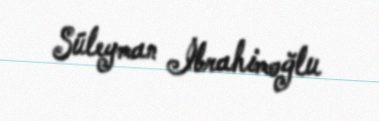
Süleyman İbrahimoğlu